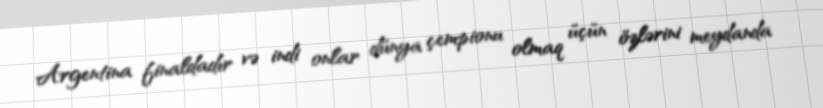
Argentina finaldadır və indi onlar dünya çempionu olmaq üçün özlərini meydanda